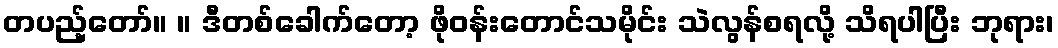
တပည့်တော်။ ။ ဒီတစ်ခေါက်တော့ ဖိုဝန်းတောင်သမိုင်း သဲလွန်စရလို့ သိရပါပြီး ဘုရား၊